Civil Veterinary Department. Madras. Admin. report 1910-25 - 1910-1925
Year: 1910
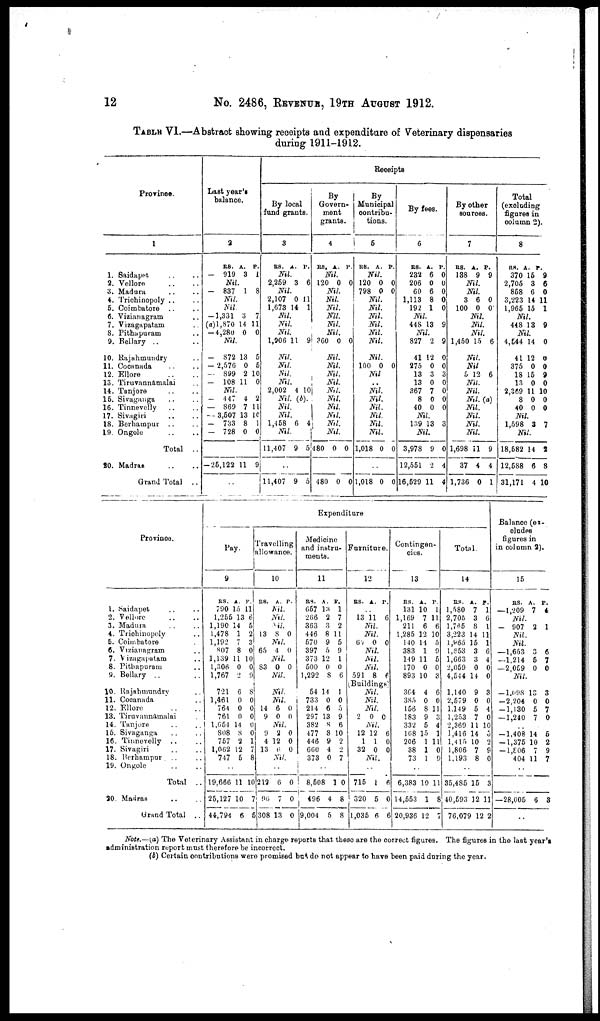
12
No. 2486, REVENUE, 19TH AUGUST 1912.
TABLE VI.—Abstract showing receipts and expenditure of Veterinary dispensaries
during 1911-1912.
Province.
1
1. Saidapet
2. Vellore
3. Madura
4. Triehinopoly
5. Coimbatore
6. Vizianagram
7. Vizagapatam
8. Pithapuram
9. Bellary
10. Rajahmundry
11. Cocanada
12. Ellore
13. Tiruvannamalai
14. Tanjore
15. Sivagunga
16. Tinnevelly
17. Sivagiri
18. Berhampur
19. Ongole
Total ..
20. Madras
Grand Total
Last year's
balance.
2
RS.
— 919
A.
3
P.
1
Nil.
— 837 1 8
Nil.
Nil.
— 1,331
(a)l,870
— 4,280
3
14
0
7
11
0
Nil.
-
872
- 2,576
— 899
-
108
13
0
2
11
5
5
10
0
Nil.
— 147
— 869
— 3,507
— 733
— 728
4
7
13
8
0
2
11
10
1
0
-25,122 11 9
Receipts
By local
fund grants.
3
E8. A. P.
Nil.
2,259
Nil
2,107
1,673
3
.
0
14
6
11
1
Nil.
Nil.
Nil.
1,906 11 9
Nil.
Nil.
Nil.
Nil.
2,002 4 10
Nil. (b).
Nil.
Nil.
1,458 6 4
Nil.
11,407 9 5
..
11,407 9 5
By
Govern-
ment
grants.
4
RS. A. P.
Nil.
120 0 0
Nil.
Nil.
Nil.
Nil.
Nil.
Nil.
360 0 0
Nil.
Nil.
Nil.
Nil.
Nil.
Nil.
Nil.
Nil.
Nil.
Nil.
480 0 0
..
480 0 0
By
Municipal
contribu-
tions.
5
RS. A. P.
Nil.
120
798
0
0
0
0
Nil.
Nil.
Nil.
Nil.
Nil.
Nil.
Nil.
100 0 0
Nil
..
Nil.
Nil.
Nil.
Nil.
Nil.
Nil.
1,018 0 0
..
1,018 0 0
By fees.
6
RS.
232
206
60
1,113
192
A.
6
0
6
8
1
P.
0
0
0
0
0
Nil.
448 13 9
Nil.
827
11
275
13
13
367
8
40
2
12
0
3
0
7
0
0
9
0
0
3
0
0
0
0
Nil.
139 13 3
Nil.
3,978
12,551
16,529
9
2
11
0
4
4
By other
sources.
7
RS.
138
A.
9
P.
9
Nil.
Nil.
3
100
6
0
0
0
Nil.
Nil.
Nil.
1,450 15 6
Nil.
Nil.
5 12 6
Nil.
Nil.
Nil. (a)
Nil.
Nil.
Nil.
Nil.
1,698
37
1,736
11
4
0
9
4
1
Total
(excluding
figures in
column 2).
8
RS.
370
2,705
858
3,223
1,965
A.
15
3
6
14
15
P.
9
6
0
11
1
Nil.
448 13 9
Nil.
4,544
41
375
18
13
2,369
8
40
14
12
0
15
0
11
0
0
0
0
0
9
0
10
0
0
Nil.
1,598 3 7
Nil.
18,682
12,588
31,171
14
6
4
2
8
10
Provinco.
1. Saidapet
2. Vellore
3. Madura
4. Triobinopoly
5. Coimbatore
6. Vranagram
7. Vizagapatam
8. Pithapuram
9. Bellary
Expenditure
Pay.
9
RS.
790
1,255
1,190
1,478
1,192
807
1,139
1,306
1,767
A.
15
13
14
1
7
8
11
0
2
P.
11
6
5
2
3
0
10
0
9
Travelling
allowance.
10
RS. A. P.
Nil.
Nil.
Nil.
13 8 0
Nil.
65 4 0
Nil.
S3 0 0
Nil.
Medicine
and instru-
ments.
11
RS.
657
266
363
446
570
397
373
500
1,292
A. P
13
2
3
8
9
5
12
0
8
.
1
7
2
11
5
9
1
0
6
Furniture.
12
RS. A. P.
..
13 11 6
Nil.
Nil.
62 0 0
Nil.
Nil.
Nil.
591 8 6
Contingen-
cies.
13
RS.
131
1,169
211
1,285
140
383
149
170
893
A.
10
7
6
12
14
1
11
0
10
P.
1
11
6
10
5
9
5
0
3
Total.
14
RS.
1,580
2,705
1.765
3,223
1,985
1,653
1,663
2,059
4,544
A.
7
3
8
14
15
3
3
0
14
P.
1
6
1
11
1
6
4
0
0
Balance (ex-
cludes
figures in
in column 2).
15
RS.
—1,209
Nil.
— 907
Nil.
Nil.
—1,653
—1,214
—2,059
Nil.
A.
7
2
3
5
0
P.
4
1
6
7
0
Buildings
10. Rajahnrandry
11. Cocanada
12. Ellore
13. Tiruvannamalai
14. Tanjore
15. Sivaganga
16. Tinnevelly ..
17. Sivagiri
18. Berhampur ...
19. Ongole
Total ..
20. Madras
Grand Total ..
721
1,461
764
761
1,654
808
757
1,062
747
6
0
0
0
14
8
2
12
5
8
0
0
0
0
0
1
7
8
..
19,666
25,127
44,794
11
10
6
10
7
5
Nil.
Nil.
14
9
6
0
0
0
Nil.
9
4
13
2
12
6
0
0
0
Nil.
..
212
96
308
6
7
13
0
0
0
54
733
214
297
382
477
446
660
373
14
0
6
13
8
8
9
4
0
1
0
5
9
6
10
2
2
7
..
8,508
496
9,004
1
4
5
0
8
8
Nil.
Nil.
Nil.
2 0 0
Nil.
12
1
32
12
1
0
6
0
0
Nil.
..
715
320
1,035
1
5
6
6
0
6
364
385
156
183
332
108
206
38
73
4
0
8
9
5
15
1
1
1
6
0
11
3
4
1
11
0
9
..
6,383
14,553
20,936
16
1
12
11
8
7
1,140
2,579
1.149
1,253
2,369
1,416
1,4 15
1,806
1,193
9
0
5
7
11
14
10
7
8
3
0
4
0
10
5
2
9
0
..
35,485
40,593
76,079
15
12
12
3
11
2
— 1,098
—2,204
—1,130
— 1,240
13
0
5
7
3
0
7
0
..
—1,408
—1,375
—1,806
404
14
10
7
11
5
2
9
7
..
—28,005 6 3
..
Note.—(a) The Veterinary Assistant in charge reports that these are the correct figures. The figures in the last year's
administration report must therefore be incorrect.
(b) Certain contributions were promised but do not appear to have been paid during the year.